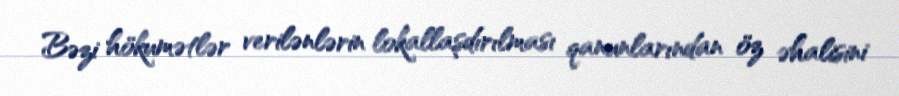
Bəzi hökumətlər verilənlərin lokallaşdırılması qanunlarından öz əhalisini